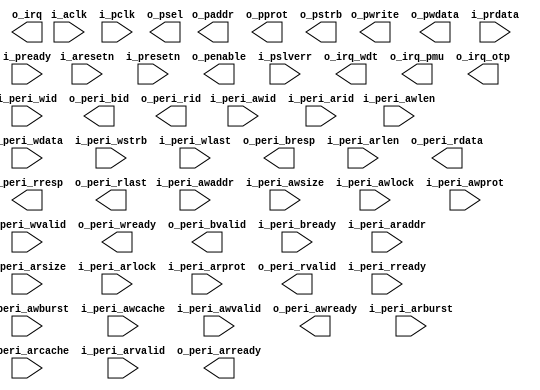
module peri_hpdf (
    input           i_aclk    ,
    input           i_aresetn ,
    input  [3:0]    i_peri_awid    ,
    input  [31:0]   i_peri_awaddr  ,
    input  [3:0]    i_peri_awlen   ,
    input  [2:0]    i_peri_awsize  ,
    input  [1:0]    i_peri_awburst ,
    input  [1:0]    i_peri_awlock  ,
    input  [3:0]    i_peri_awcache ,
    input  [2:0]    i_peri_awprot  ,
    input           i_peri_awvalid ,
    output          o_peri_awready ,
    input  [3:0]    i_peri_wid     ,
    input  [127:0]  i_peri_wdata   ,
    input  [15:0]   i_peri_wstrb   ,
    input           i_peri_wlast   ,
    input           i_peri_wvalid  ,
    output          o_peri_wready  ,
    output [3:0]    o_peri_bid     ,
    output [1:0]    o_peri_bresp   ,
    output          o_peri_bvalid  ,
    input           i_peri_bready  ,
    input  [3:0]    i_peri_arid    ,
    input  [31:0]   i_peri_araddr  ,
    input  [3:0]    i_peri_arlen   ,
    input  [2:0]    i_peri_arsize  ,
    input  [1:0]    i_peri_arburst ,
    input  [1:0]    i_peri_arlock  ,
    input  [3:0]    i_peri_arcache ,
    input  [2:0]    i_peri_arprot  ,
    input           i_peri_arvalid ,
    output          o_peri_arready ,
    output [3:0]    o_peri_rid     ,
    output [127:0]  o_peri_rdata   ,
    output [1:0]    o_peri_rresp   ,
    output          o_peri_rlast   ,
    output          o_peri_rvalid  ,
    input           i_peri_rready  ,
    input           i_pclk         ,
    input           i_presetn      ,
    output          o_irq          ,
    output          o_psel         ,
    output          o_penable      ,
    output [31:0]   o_paddr        ,
    output          o_pwrite       ,
    output [31:0]   o_pwdata       ,
    output [2:0]    o_pprot        ,
    output [3:0]    o_pstrb        ,
    input  [31:0]   i_prdata       ,
    input           i_pready       ,
    input           i_pslverr      ,
    output          o_irq_wdt       ,
    output          o_irq_pmu       ,
    output          o_irq_otp       
);


endmodule